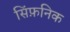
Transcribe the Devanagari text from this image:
सिंफ़निक